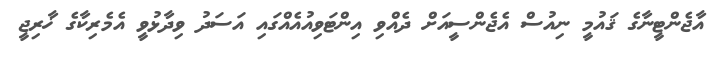
އާޖެންޓީނާގެ ޤައުމީ ނިއުސް އެޖެންސީއަށް ދެއްވި އިންޓަވިއުއެއްގައި އަސަދު ވިދާޅުވީ އެމެރިކާގެ ޚާރިޖީ